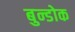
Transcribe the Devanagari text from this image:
बुन्डोक